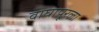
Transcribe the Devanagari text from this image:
वाघापूरला